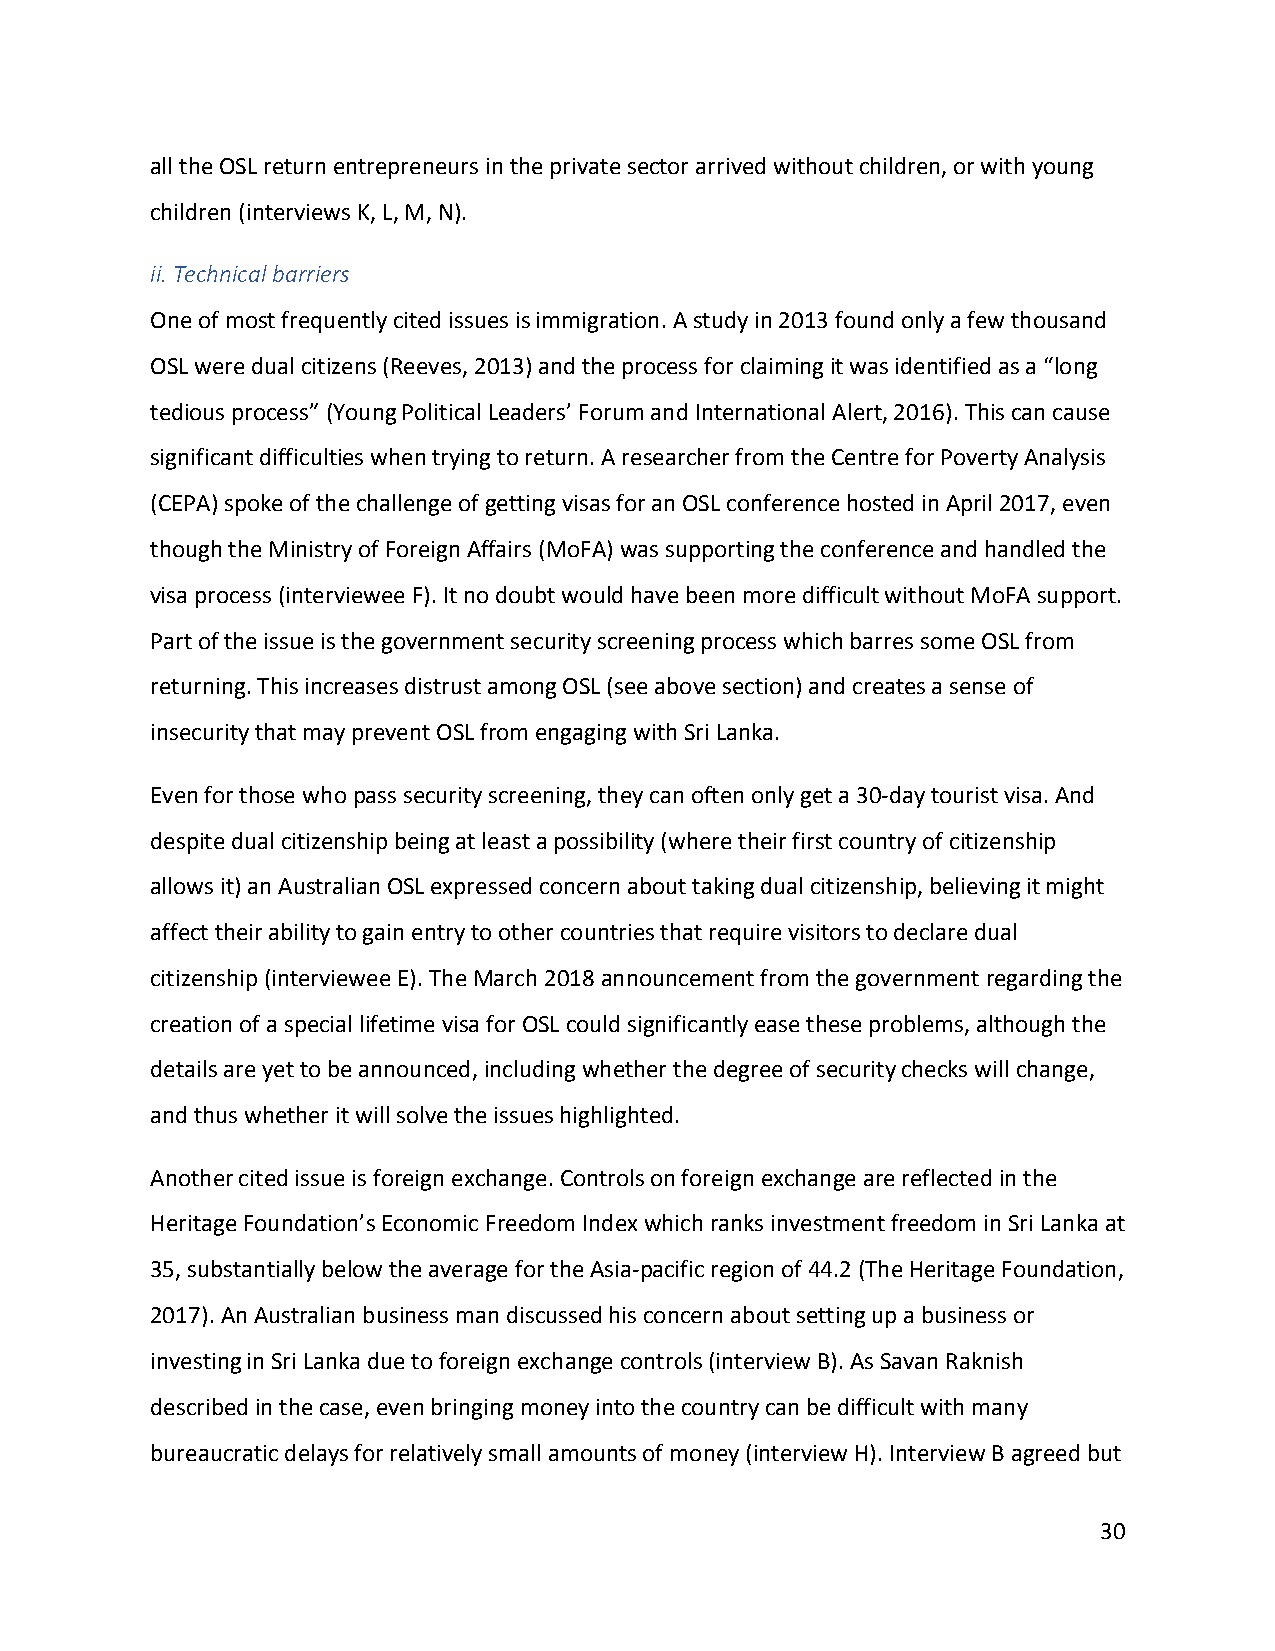
all the OSL return entrepreneurs in the private sector arrived without children, or with young
 children (interviews K, L, M, N).
 ii. Technical barriers
 One of most frequently cited issues is immigration. A study in 2013 found only a few thousand
 OSL were dual citizens (Reeves, 2013) and the process for claiming it was identified as a “long
 tedious process” (Young Political Leaders’ Forum and International Alert, 2016). This can cause
 significant difficulties when trying to return. A researcher from the Centre for Poverty Analysis
 (CEPA) spoke of the challenge of getting visas for an OSL conference hosted in April 2017, even
 though the Ministry of Foreign Affairs (MoFA) was supporting the conference and handled the
 visa process (interviewee F). It no doubt would have been more difficult without MoFA support.
 Part of the issue is the government security screening process which barres some OSL from
 returning. This increases distrust among OSL (see above section) and creates a sense of
 insecurity that may prevent OSL from engaging with Sri Lanka.
 Even for those who pass security screening, they can often only get a 30-day tourist visa. And
 despite dual citizenship being at least a possibility (where their first country of citizenship
 allows it) an Australian OSL expressed concern about taking dual citizenship, believing it might
 affect their ability to gain entry to other countries that require visitors to declare dual
 citizenship (interviewee E). The March 2018 announcement from the government regarding the
 creation of a special lifetime visa for OSL could significantly ease these problems, although the
 details are yet to be announced, including whether the degree of security checks will change,
 and thus whether it will solve the issues highlighted.
 Another cited issue is foreign exchange. Controls on foreign exchange are reflected in the
 Heritage Foundation’s Economic Freedom Index which ranks investment freedom in Sri Lanka at
 35, substantially below the average for the Asia-pacific region of 44.2 (The Heritage Foundation,
 2017). An Australian business man discussed his concern about setting up a business or
 investing in Sri Lanka due to foreign exchange controls (interview B). As Savan Raknish
 described in the case, even bringing money into the country can be difficult with many
 bureaucratic delays for relatively small amounts of money (interview H). Interview B agreed but
 30